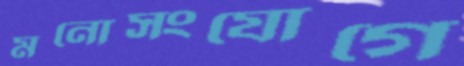
মনোসংযোগে